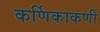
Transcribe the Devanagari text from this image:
कर्णिकाकर्णी